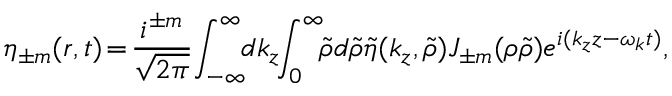
\eta _ { \pm m } ( \boldsymbol { r } , t ) \! = \! \frac { i ^ { \pm m } } { \sqrt { 2 \pi } } \! \int _ { - \infty } ^ { \infty } \! \! d k _ { z } \! \! \int _ { 0 } ^ { \infty } \! \! \tilde { \rho } d \tilde { \rho } \tilde { \eta } ( k _ { z } , \tilde { \rho } ) J _ { \pm m } ( \rho \tilde { \rho } ) e ^ { i ( k _ { z } z - \omega _ { \boldsymbol { k } } t ) } ,